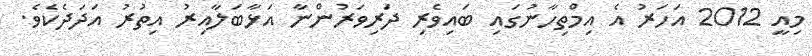
މިއީ 2012 އަހަރު އެ އިމްތިހާނުގައި ބައިވެރި ދަރިވަރުންނާ އަޅާބަލާއިރު އިތުރު އަދަދެކެވެ.